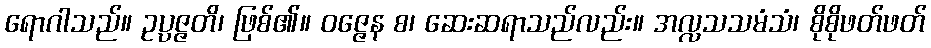
ရောဂါသည်။ ဥပ္ပဇ္ဇတိ၊ ဖြစ်၏။ ဝဇ္ဇေန စ၊ ဆေးဆရာသည်လည်း။ အလ္လသသမံသံ၊ စိုစိုဖတ်ဖတ်